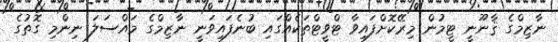
ނާޒިމްގެ ޤާނޫނީ ޓީމުން މިރޭކޮށްފައިވާ ޓްވީޓްތަކެއްގައި ބުނެފައިވަނީ ނާޒިމްގެ މައްސަލަ ނިންމި ގޮތުގެ